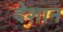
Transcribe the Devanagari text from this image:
देशान